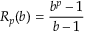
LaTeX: R _ { p } ( b ) = { \frac { b ^ { p } - 1 } { b - 1 } }